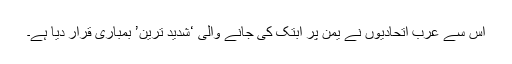
اس سے عرب اتحادیوں نے یمن پر ابتک کی جانے والی ‘شدید ترین’ بمباری قرار دیا ہے۔